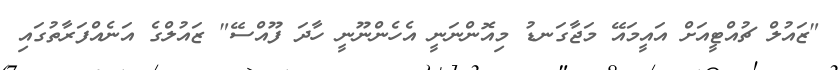
"ޒައުލް ޗުއްޓީއަށް އައީމައޭ މަޖާގަނޑު މިއޮންނަނީ އެހެންނޫނީ ހާދަ ފޫއްސޭ" ޒައުލްގެ އަނެއްފަރާތުގައި